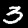
Label: 3